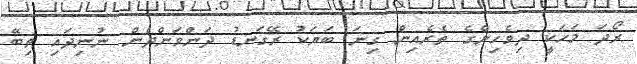
ރޯދަ މަހަކީ ދިވެހިންގެ ތެރެއިން ގިނަ ބަޔަކު ރޭގަނޑު ދަންވަންދެން ނުނިދައި ތިބޭ